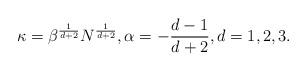
LaTeX: \begin{align*} \kappa = \beta^{\frac{1}{d+2}} N^{\frac{1}{d+2}} , \alpha= - \frac{d-1}{d+2}, d=1,2,3. \end{align*}